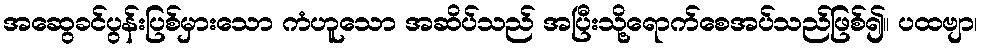
အဆွေခင်ပွန်းပြစ်မှားသော ကံဟူသော အဆိပ်သည် အပြီးသို့ရောက်စေအပ်သည်ဖြစ်၍။ ပထဗျာ၊